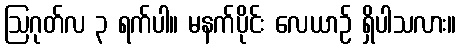
ဩဂုတ်လ ၃ ရက်ပါ။ မနက်ပိုင်း လေယာဉ် ရှိပါသလား။